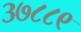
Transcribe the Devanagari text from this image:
३७८८९